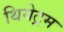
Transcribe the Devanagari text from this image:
थियेट्रम